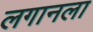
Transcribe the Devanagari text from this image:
लगानला